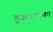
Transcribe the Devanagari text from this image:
हुआ।उनका